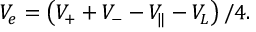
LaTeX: V _ { e } = \left( V _ { + } + V _ { - } - V _ { \| } - V _ { L } \right) / 4 .